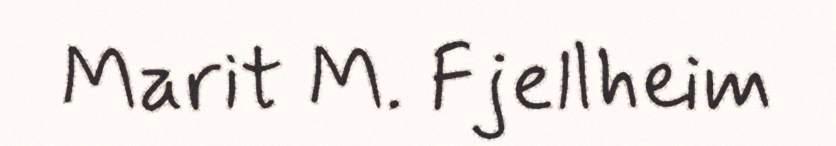
Marit M. Fjellheim